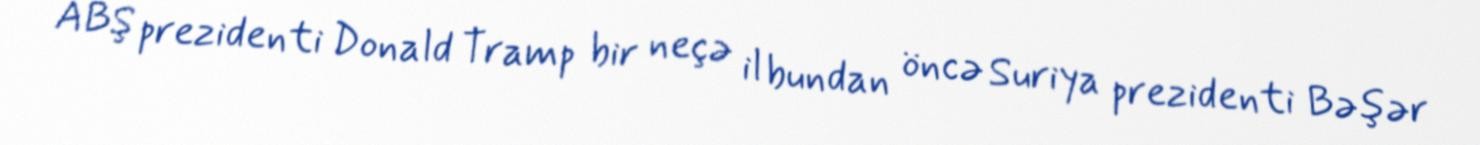
ABŞ prezidenti Donald Tramp bir neçə il bundan öncə Suriya prezidenti Bəşər